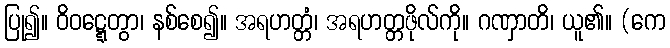
ပြု၍။ ဝိဝဋ္ဋေတွာ၊ နစ်စေ၍။ အရဟတ္တံ၊ အရဟတ္တဖိုလ်ကို။ ဂဏှာတိ၊ ယူ၏။ (ကေ